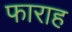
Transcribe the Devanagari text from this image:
फाराह